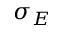
\sigma _ { E }